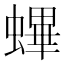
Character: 𧏻